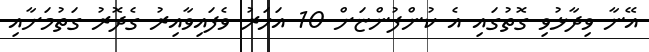
އޭނާ ވިދާޅުވި ގޮތުގައި އެ ކުންފުންޏަށް 10 އަހަރު ވެފައިވާއިރު ގެދޮރު ގަތުމަށާއި